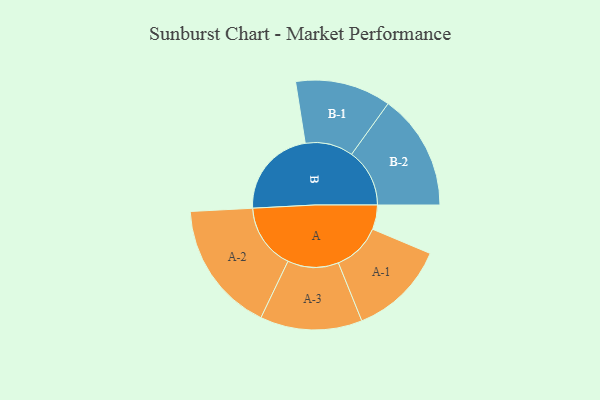
{"axis": {"x": "Segment", "y": "Value"}, "legend": ["", "A", "B"], "data": [{"x": "A", "y": 111, "type": ""}, {"x": "B", "y": 409, "type": ""}, {"x": "A-1", "y": 220, "type": "A"}, {"x": "A-2", "y": 299, "type": "A"}, {"x": "A-3", "y": 232, "type": "A"}, {"x": "B-1", "y": 218, "type": "B"}, {"x": "B-2", "y": 264, "type": "B"}]}